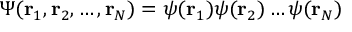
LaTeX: \Psi ( \mathbf { r } _ { 1 } , \mathbf { r } _ { 2 } , \dots , \mathbf { r } _ { N } ) = \psi ( \mathbf { r } _ { 1 } ) \psi ( \mathbf { r } _ { 2 } ) \dots \psi ( \mathbf { r } _ { N } )